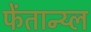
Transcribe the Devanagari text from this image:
फेंतान्य्ल